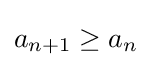
{\textstyle a_{n+1}\geq a_{n}}